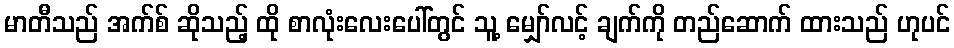
မာတီသည် အက်စ် ဆိုသည့် ထို စာလုံးလေးပေါ်တွင် သူ့ မျှော်လင့် ချက်ကို တည်ဆောက် ထားသည် ဟုပင်